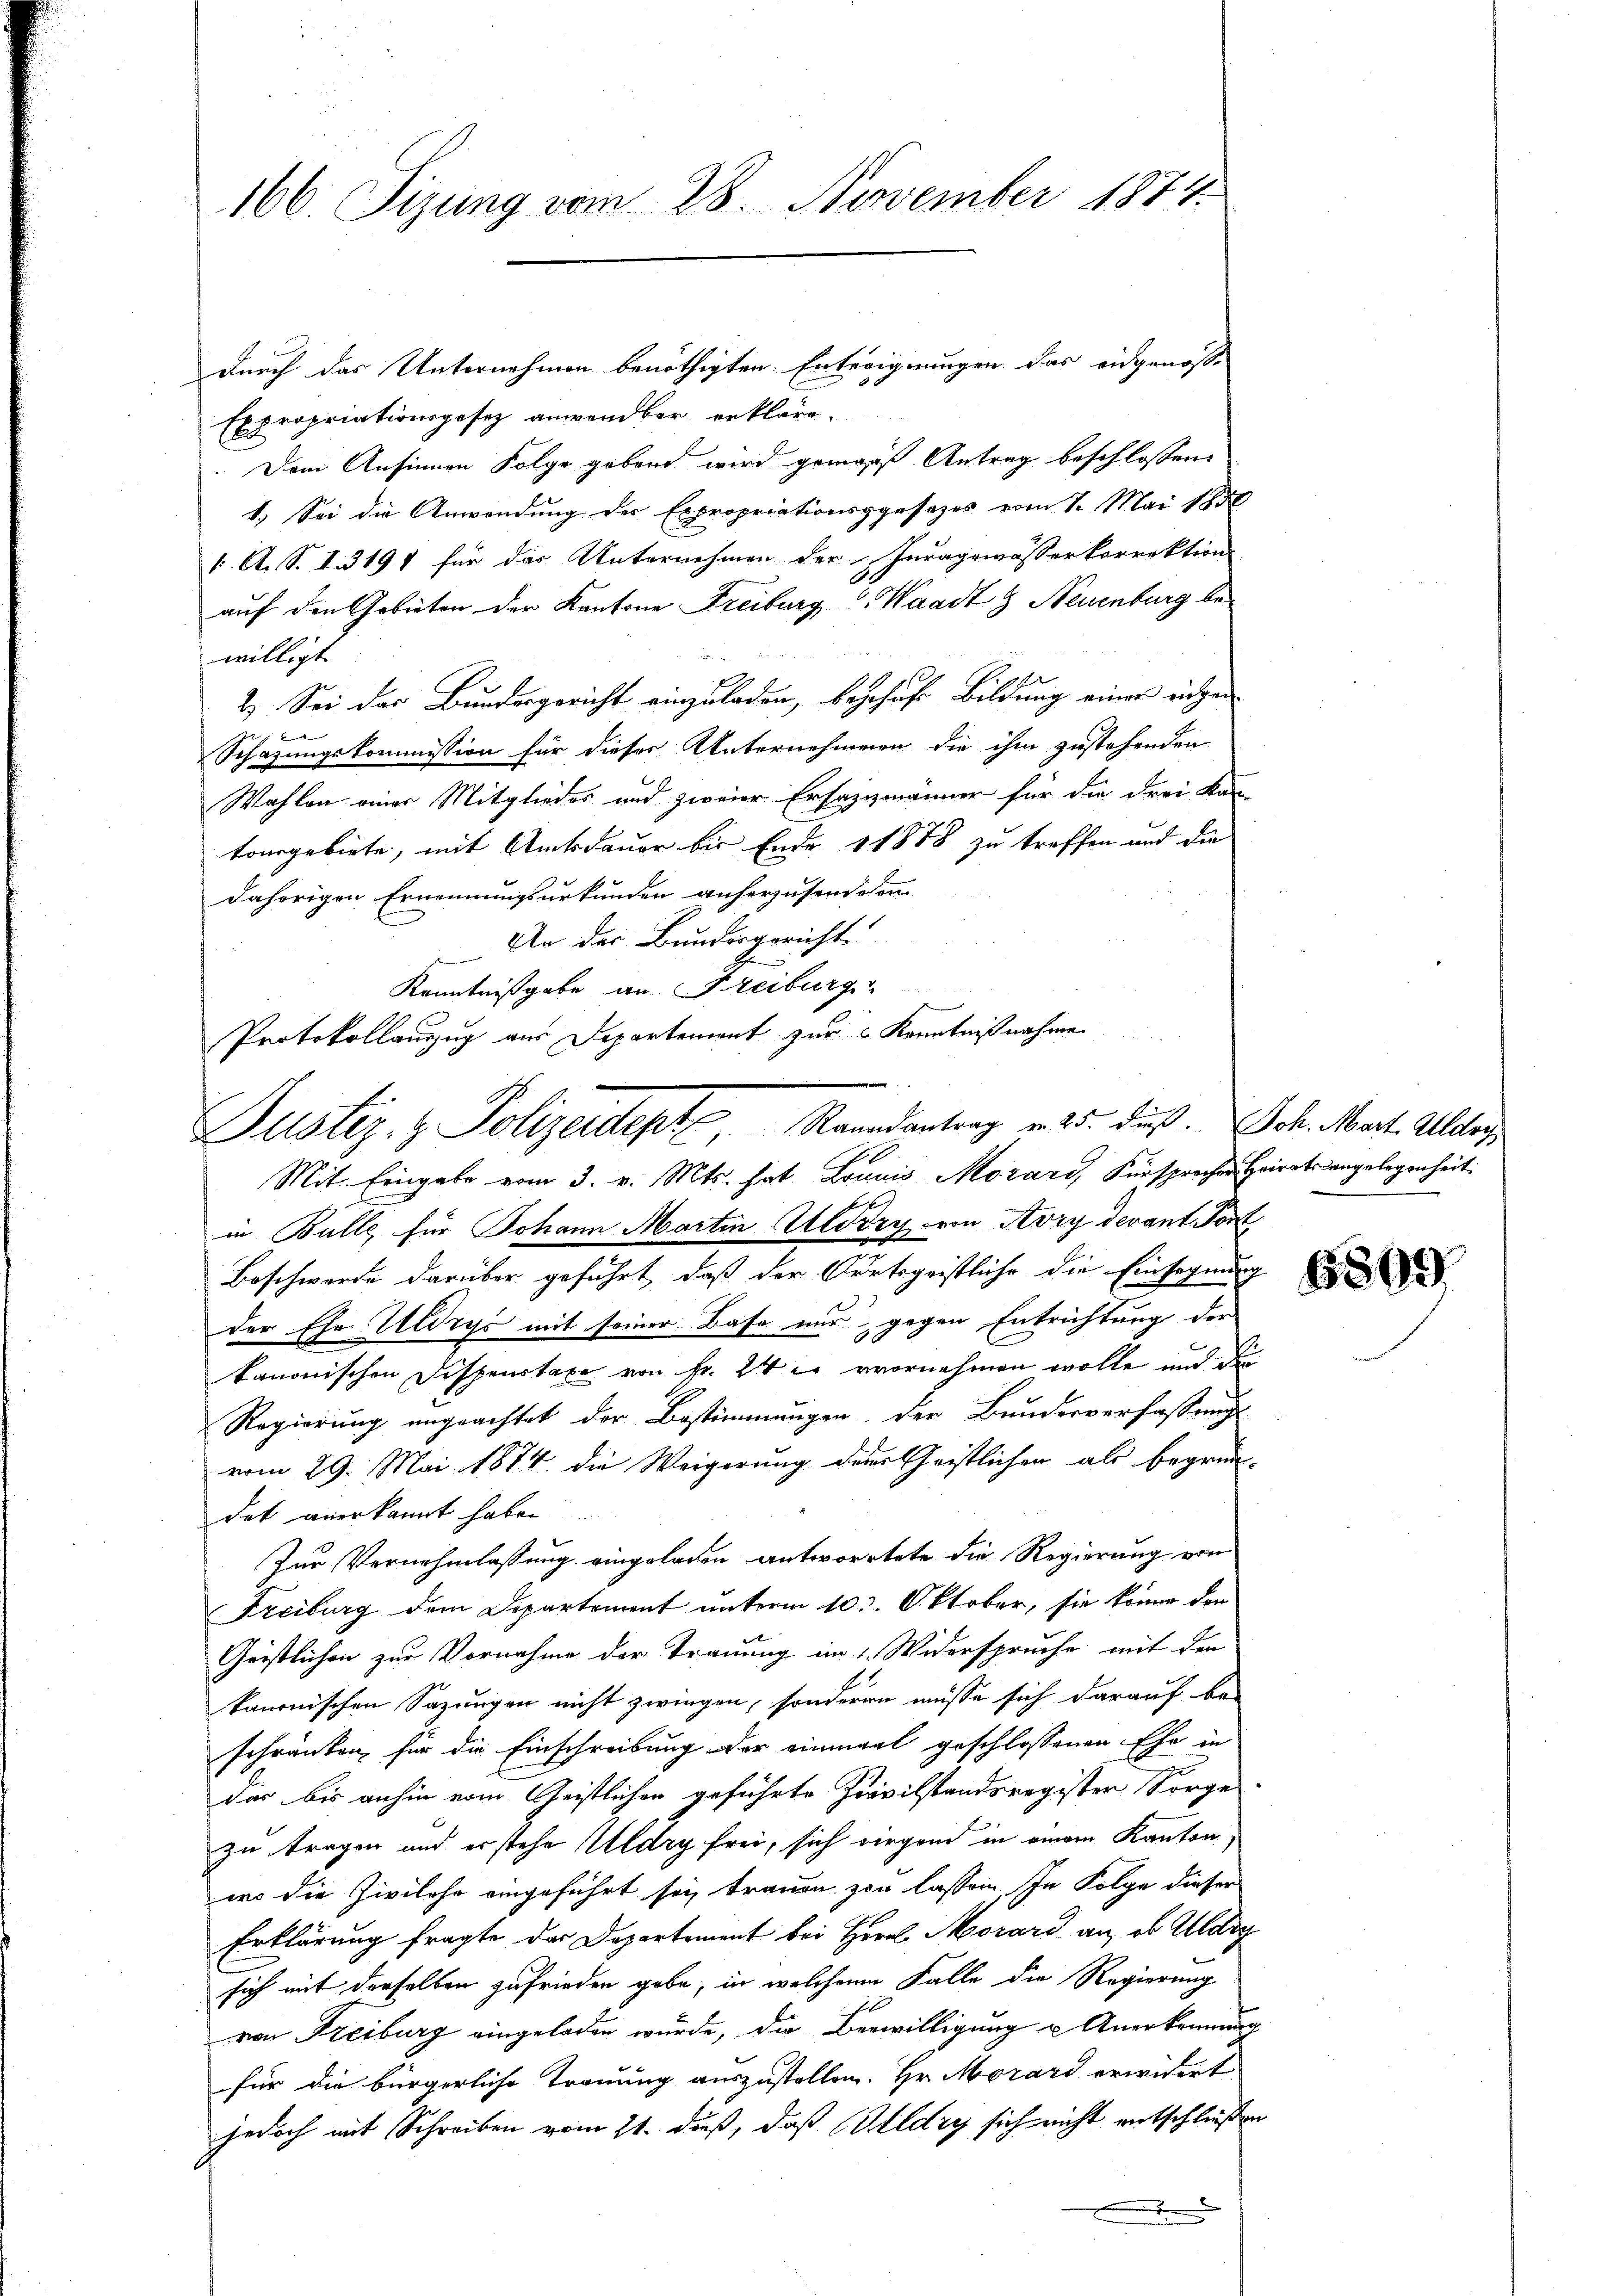
166. Sizung vom 28. November 1874.

durch das Unternehmen benöthigten Enteignungen das eidgenosse
Expropriationsgesez anwendbar erkläre.
Dem Ansinnen Folge gebend wird gemäß Antrag beschlossen:
1.) Sei die Anwendung des Expropriationsgesezes vom 1. Mai 1850
1. A. S. I 3191 für das Unternehmen der Inragsmässerkorrektion
auf den Gebieten der Kantone Freiburg, Waadt & Neuenburg bewilligt
2.) Sei das Bundesgericht einzuladen, beschaft Bildung einer eidgen
be
Schazungskommission für dieser Unternehmen die ihm zustehenden
Wahlen eines Mitgliedes und zweier Ersatzmänner für die drei Kan
tonsgebiete, mit Amtsdauer bis Ende 11878 zu treffen und die
dahörigen Ernennungsurkunden anherzusendeten.
An der Bundesgericht.
Kenntnißgabe an Freiburg
Protokollauszug aus Departement zur Kenntnißnahme

Justiz- & Polizeiligte Mandantrag n 5. ds.

Mit Eingabe vom 3. v. Mts. hat. Louis Mozard, Fürsprochen Heirats angelegenheit.
l
in Balle für Johann Martin Alirzy von Avry devant Port
Beschwerde darüber geführt, daß der Ortsgeistliche die Einsegnung
der Ehe Uldzys mit seiner Base nur gegen Entrichtung der
kanonischen Dispenstaxe von Fr. 24 c. vornehmen wolle und der
Regierung ungeachtet der Bestimmungen der Bundesverfassungs-
vom 29. Mai 1874 die Weigerung der Geistlichen als begrün-
dat anerkannt habe.
Zur Vernehmlassung eingelassen antwortete die Regierung von
Freiburg dem Departement unterm 10. Oktober, sie könne den
Gristlichen zur Vornahme der Trauung im 1. Widerspruche mit der
kanonischen Sazungen nicht zwingen, sonderen müsse sich darauf be-
schränken, für die Einschreibung der einmal geschlossenen Ehe in
dir bis anhin vom Geistlichen geführte Privilstandsregister Sorge
zu tragen und er stehe Mldry frei, sich nirgend in einem Kanton
wo die Zivilehe eingeführt sei, trauen von lassen. In Folge dieser
Erklärung fragte das Departement bei Herrl Morard an, ob Aarg
sich mit derselben zufrieden gebe, in welchem Falle die Regierung
von Freiburg eingeladen wurde, die Bewilligung u. Anerkennung
für die bürgerliche Trauung auszustellen. Hr. Morard erwidert
jedoch mit Schreiben vom 21. dieß, daß Gldry sich nicht entschließen
J

Joh. Mart. Aldoy

6809